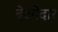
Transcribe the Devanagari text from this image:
देओदार